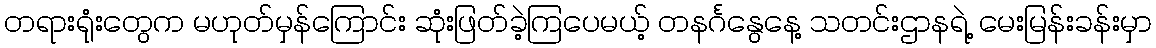
တရားရုံးတွေက မဟုတ်မှန်ကြောင်း ဆုံးဖြတ်ခဲ့ကြပေမယ့် တနင်္ဂနွေနေ့ သတင်းဌာနရဲ့ မေးမြန်းခန်းမှာ